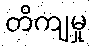
တိကျမှု